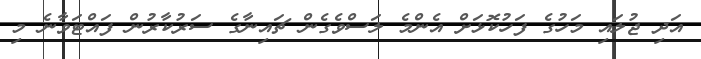
އަދި ޖުލައި މަހުގެ ފަހުކޮޅަށް އެންމެ ލަސްވެގެން ޗައިނާގެ ސަރުކާރުން ފައްޓަވާނެ މި